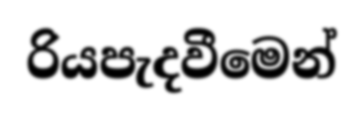
රියපැදවීමෙන්